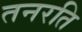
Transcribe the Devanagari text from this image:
तनरति